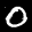
Label: 0